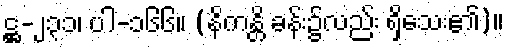
ဋ္ဌ-၂၃၁၊ ပါ-၁၆၆။ (နိကန္တိ ခန်း၌လည်း ရှိသေး၏)။